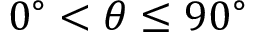
0 ^ { \circ } < \theta \leq 9 0 ^ { \circ }